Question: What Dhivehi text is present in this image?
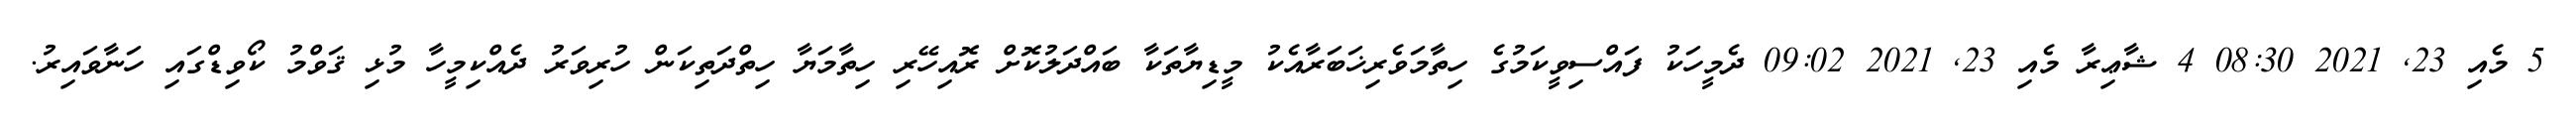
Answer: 5 މެއި 23, 2021 08:30 4 ޝާޢިރާ މެއި 23, 2021 09:02 ދެމީހަކު ފައްސިވީކަމުގެ ހިތާމަވެރިޚަބަރާއެކު މީޑިޔާތަކާ ބައްދަލުކޮށް ރޮއިހޭރި ހިތާމަޔާ ހިތްދަތިކަން ހުރިވަރު ދެއްކިމީހާ މުޅި ޤަވްމު ކޯވިޑްގައި ހަނާވައިރު.